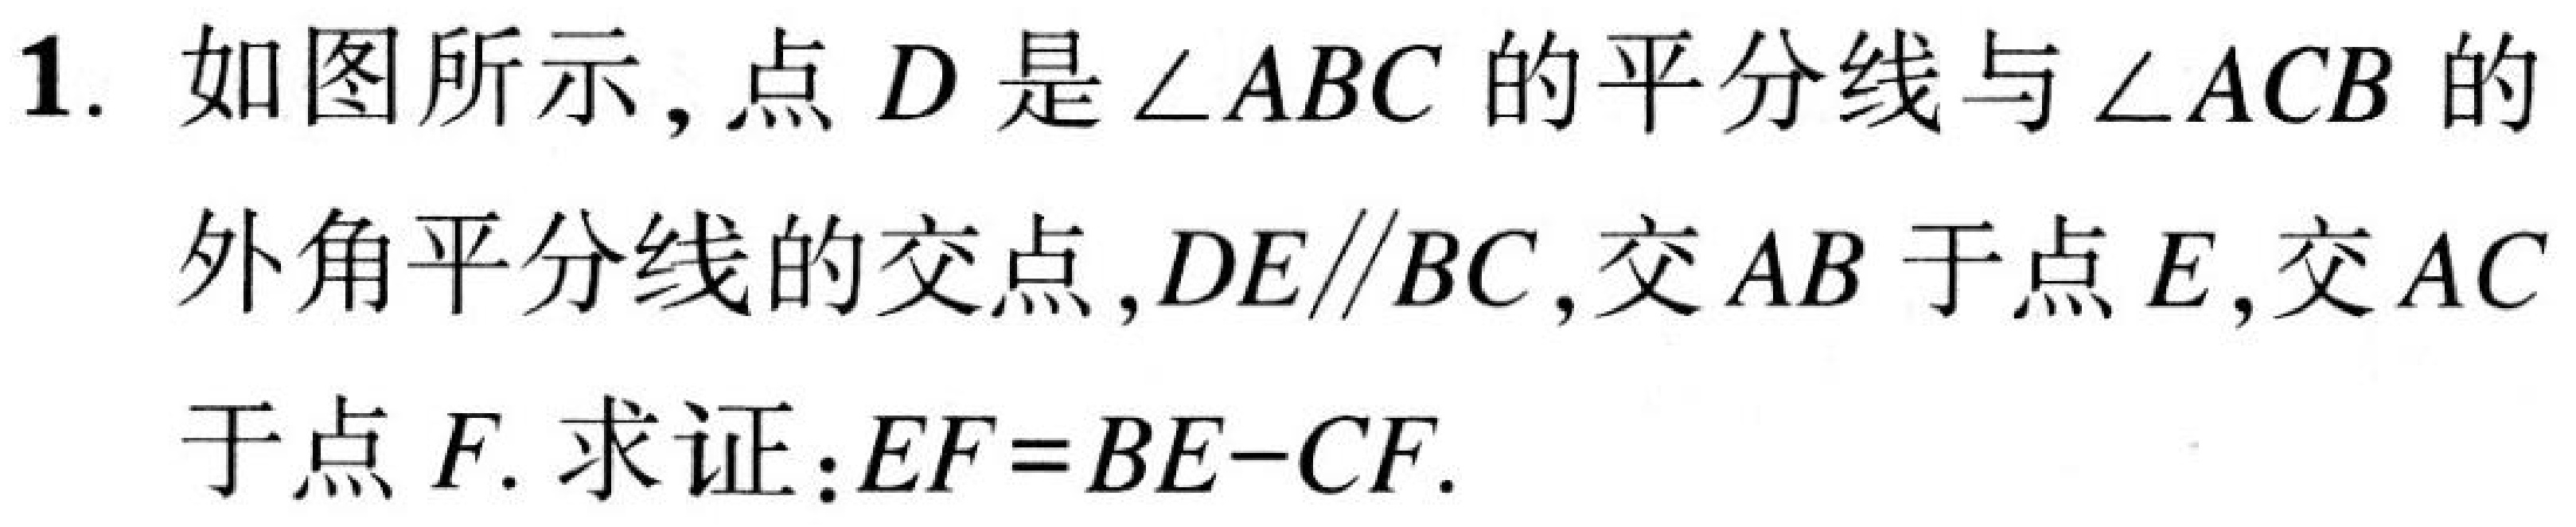
1. 如图所示，点\(D\)是\(\angle ABC\)的平分线与\(\angle ACB\)的
外角平分线的交点，\(DE\parallel BC\)，交\(AB\)于点\(E\)，交\(AC\)
于点\(F\). 求证：\(EF = BE - CF\).